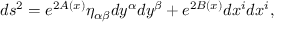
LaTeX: d s ^ { 2 } = e ^ { 2 A ( x ) } \eta _ { \alpha \beta } d y ^ { \alpha } d y ^ { \beta } + e ^ { 2 B ( x ) } d x ^ { i } d x ^ { i } ,